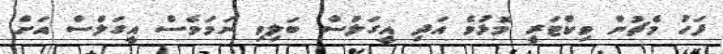
ފަހު މެޗުން ވިކްޓަރީ މޮޅުވެ އަދި އީގަލްސް ބަލިވި ނަމަވެސް އީގަލްސް އަށް